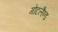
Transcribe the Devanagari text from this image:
गोटलैण्ड